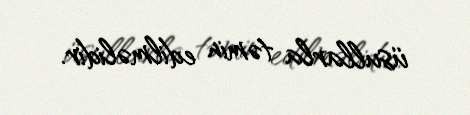
üsullarla təmin edilməlidir.